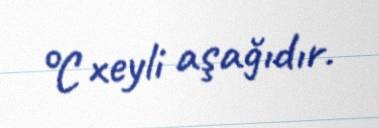
°C xeyli aşağıdır.